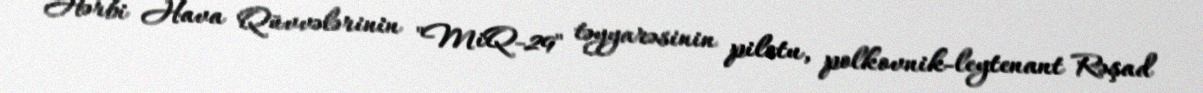
Hərbi Hava Qüvvələrinin "MiQ-29" təyyarəsinin pilotu, polkovnik-leytenant Rəşad